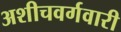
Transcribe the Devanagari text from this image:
अशीचवर्गवारी